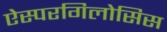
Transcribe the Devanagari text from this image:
ऐस्परगिलोसिस